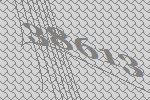
38613